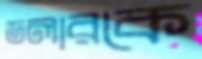
ডলারকে